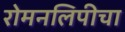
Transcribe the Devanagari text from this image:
रोमनलिपीचा